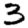
Digit: 3